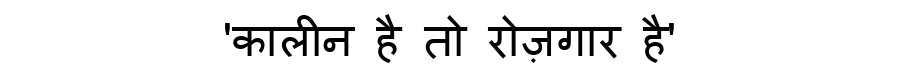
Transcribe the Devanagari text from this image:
'कालीन है तो रोज़गार है'